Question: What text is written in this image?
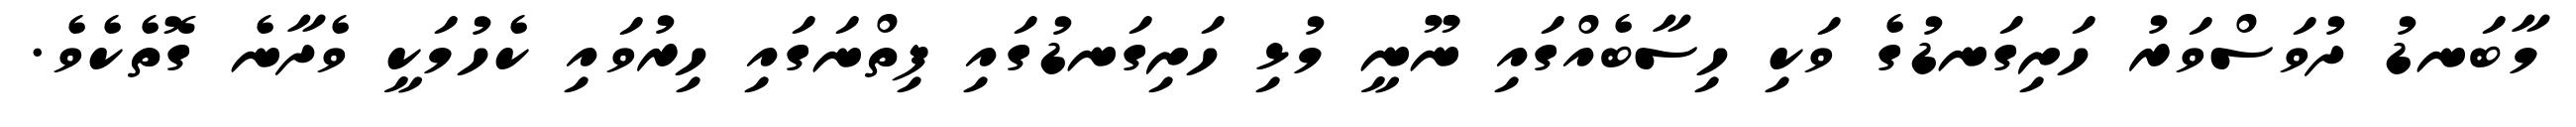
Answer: މާބަނޑު ދުވަސްވަރު ހަށިގަނޑުގެ ވަކި ހިސާބެއްގައި ނޫނީ މުޅި ހަށިގަނޑުގައި ފިތްނަގައި ހިރުވައި ކެހުމަކީ ވެދާނެ ގޮތެކެވެ.